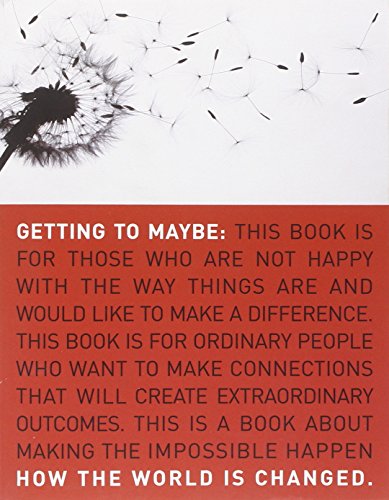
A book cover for Getting to Maybe: How the World Is Changed; Frances Westley; Business & Money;